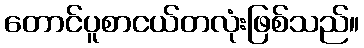
တောင်ပူစာငယ်တလုံးဖြစ်သည်။